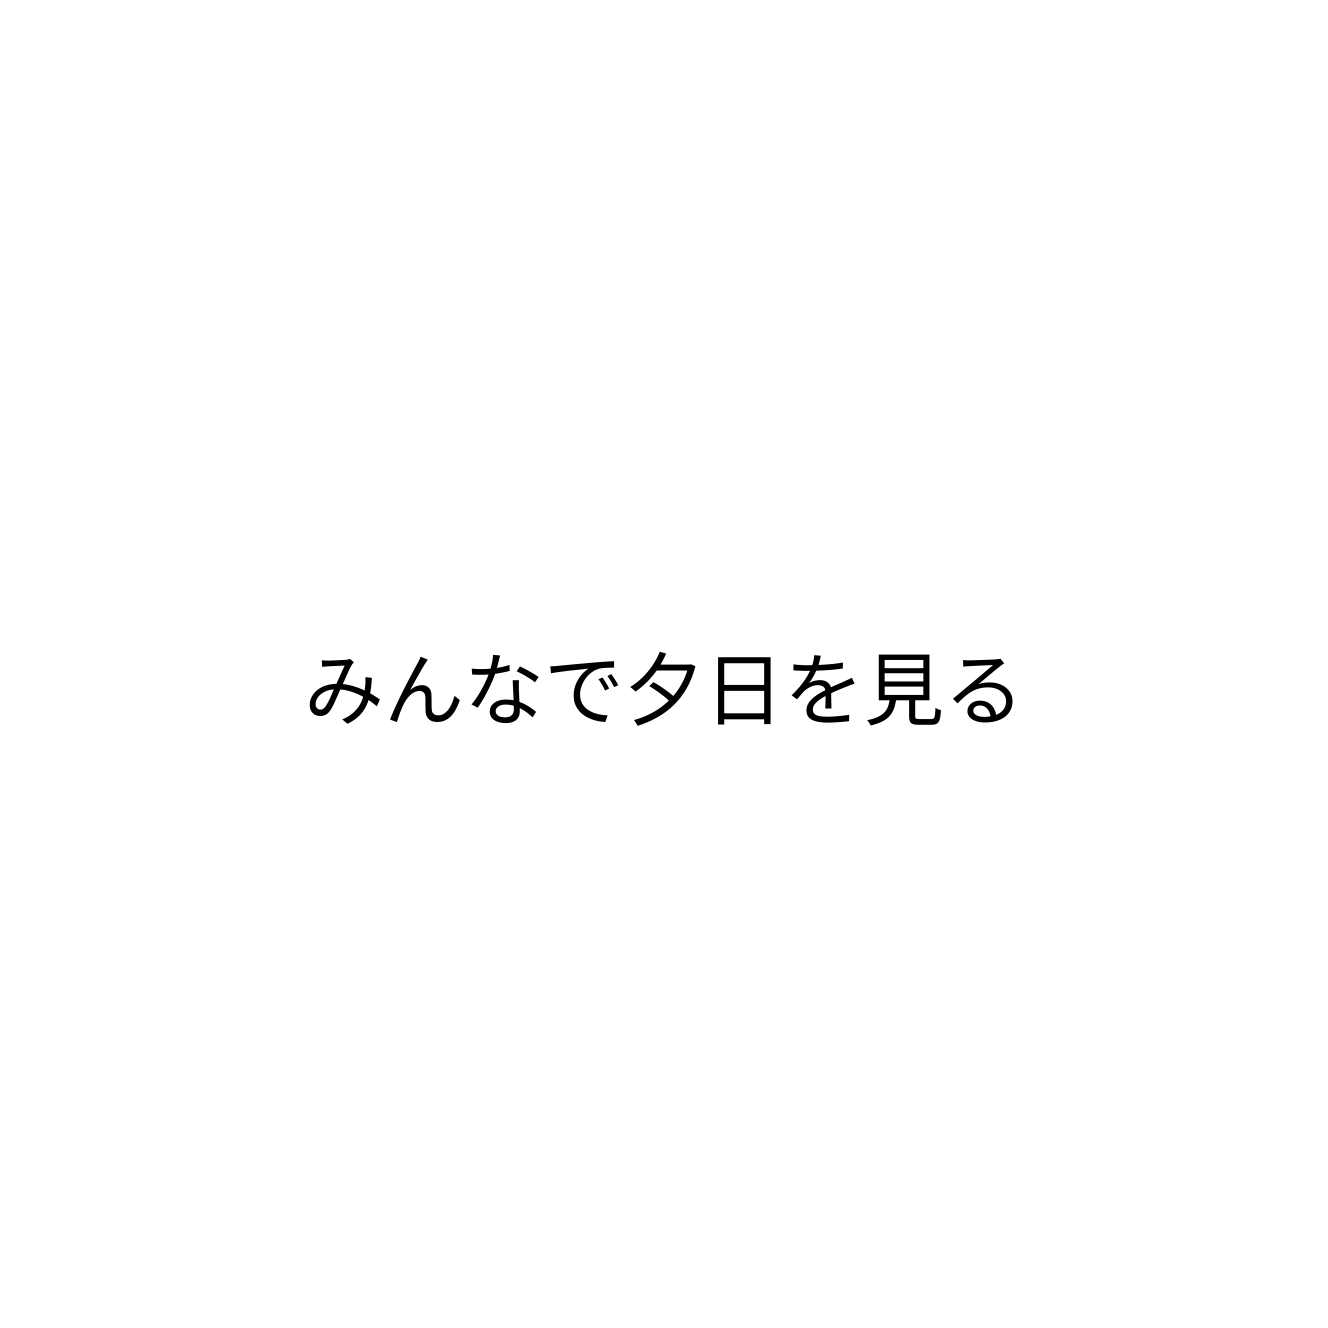
みんなで夕日を見る